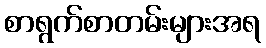
စာရွက်စာတမ်းများအရ